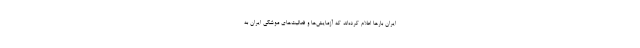
ایران بارها اعلام کرده‌اند که آزمایش‌ها و فعالیت‌های موشکی ایران به